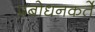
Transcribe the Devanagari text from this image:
प्रबोधनकर्ते